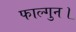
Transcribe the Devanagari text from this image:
फाल्गुन।